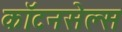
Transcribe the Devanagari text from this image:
कॉटनसेल्स